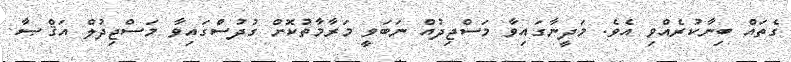
ގެތައް ބިނާކުރެއްވި އެވެ. މަދީނާގައިވާ މަސްޖިދުއް ނަބަވީ މަރާމާތުކޮށް ގުދުސްގައިވާ މަސްޖިދުލް އަޤްޞާ